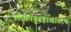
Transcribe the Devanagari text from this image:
लोकानुग्रहाखातरच